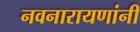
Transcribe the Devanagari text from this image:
नवनारायणांनी